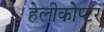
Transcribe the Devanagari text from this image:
हेलीकोप्टर